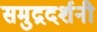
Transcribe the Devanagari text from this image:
समुद्रदर्शनी